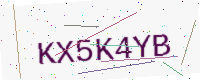
Text: KX5K4YB